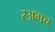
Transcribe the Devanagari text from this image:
रअगच